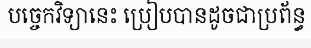
បច្ចេកវិទ្យានេះ ប្រៀបបានដូចជាប្រព័ន្ធ